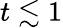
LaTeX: t\lesssim 1